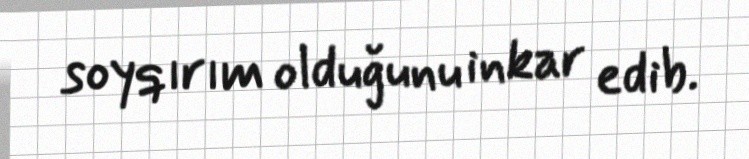
soyqırım olduğunu inkar edib.